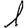
Digit: 1